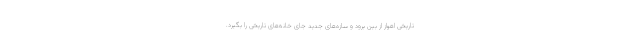
تاریخی اهواز از بین برود و سازه‌های جدید جای خانه‌های تاریخی را بگیرد.